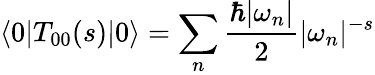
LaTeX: \langle 0|T_{00}(s)|0\rangle=\sum_{n}{\frac{\hbar|\omega_{n}|}{2}}|\omega_{n}|^{-s}